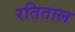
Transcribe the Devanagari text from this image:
रतिताल